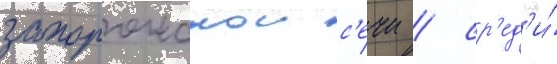
запорожскои с'ечи / ср'ед'и́